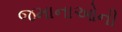
જમાનાઓની